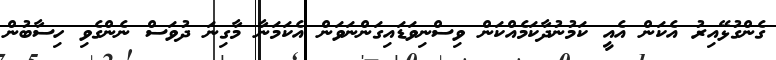
ގެންގުޅޭއިރު އެކަން އެއީ ކަމުނުދާކަމެއްކަން ވިސްނިވަޑައިގަންނަވަން އެކަމަނާ މާގިނަ ދުވަސް ނެންގެވި ހިސާބުން